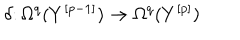
\delta \colon \Omega ^ { q } ( Y ^ { [ p - 1 ] } ) \to \Omega ^ { q } ( Y ^ { [ p ] } )